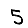
Digit: 5